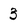
Character: 3